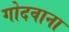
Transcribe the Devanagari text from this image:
गोदवाना